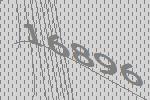
16896